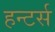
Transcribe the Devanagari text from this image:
हन्टर्स